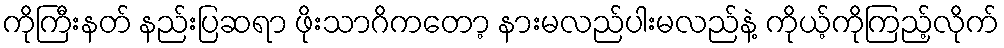
ကိုကြီးနတ် နည်းပြဆရာ ဖိုးသာဂိကတော့ နားမလည်ပါးမလည်နဲ့ ကိုယ့်ကိုကြည့်လိုက်